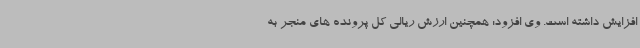
افزایش داشته است. وی افزود: همچنین ارزش ریالی کل پرونده های منجر به